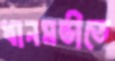
ধানমন্ডীতে